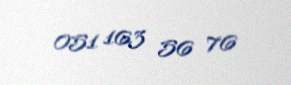
051 163 56 76